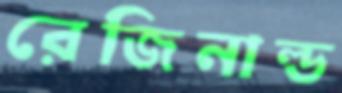
রেজিনাল্ড